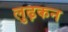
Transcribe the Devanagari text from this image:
लुढ़कन